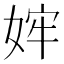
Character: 𫰴